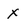
Character: x